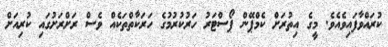
ކުރައްވާފައިވެއެވެ. މީގެ އިތުރަށް ކެމްޕޭން ޕޯސްޓަރު ހަރުކުރުމުގެ ހަރަކާތްތަކެއް ވެސް ރަށްރަށުގައި ކުރިއަށް